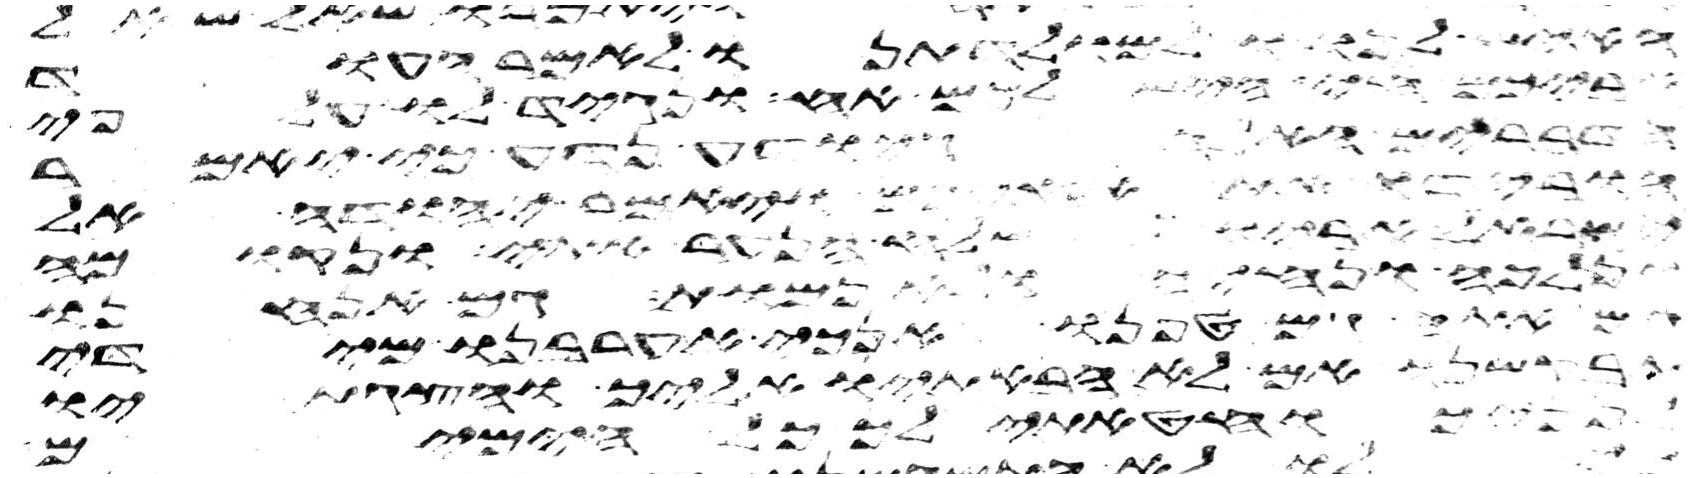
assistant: האיש לנו ולמולדתנו לאמר העוד
חי היש לכם אח ונגיד לו על פי
הדברים האלה היודע נדע כי יאמר
הורידו את אחיכם ויאמר יהודה אל
ישראל אביו שלח הנער אתי ונקומה
ונלכה ונחיה ולא נמות גם אנחנו
אתה גם טפנו אנכי אערבנו מידי
אם לא הבאתיו אליך והצגתיו
הזאת וחטאתי לאלהים